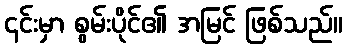
၎င်းမှာ စွမ်းပိုင်၏ အမြင် ဖြစ်သည်။